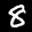
Digit: 8